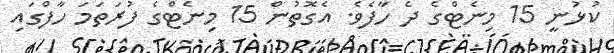
ކުޅުނީ 15 މިނެޓްގެ ދެ ހާފެވެ. އެގޮތުން 15 މިނެޓްގެ ފުރަތަމަ ހާފްގައި